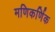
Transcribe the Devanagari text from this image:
मणिकर्णिक